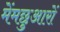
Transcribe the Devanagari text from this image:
मेंमछुआरों